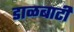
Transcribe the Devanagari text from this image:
डाळबाटी